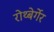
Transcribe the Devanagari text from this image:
रोथ्बेर्गेर